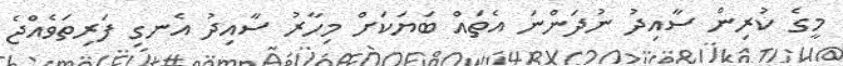
މީގެ ކުރިން ސާއިދު ނުދަންނަ އެތައް ބަޔަކަށް މިހާރު ސާއިދު އެނގި ފަރިތަވެއްޖެ